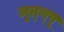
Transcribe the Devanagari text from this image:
मृत्य्पू